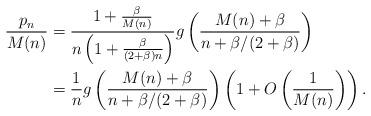
LaTeX: \begin{align*}\begin{aligned}\frac{p_{n}}{M(n)}&= \frac{1+\frac{\beta}{M(n)}}{n\left(1+\frac{\beta}{(2+\beta)n}\right)}g\left(\frac{M(n)+\beta}{n+\beta/(2+\beta)}\right)\\&=\frac{1}{n}g\left(\frac{M(n)+\beta}{n+\beta/(2+\beta)}\right)\left(1+O\left(\frac{1}{M(n)}\right)\right).\end{aligned}\end{align*}